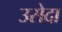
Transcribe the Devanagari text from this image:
उसेदा